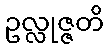
ဥလ္လုဇ္ဇတိ